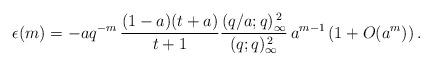
LaTeX: \begin{align*} \epsilon(m)=-aq^{-m}\,\frac{(1-a)(t+a)}{t+1} \frac{(q/a;q)_{\infty}^{\,2}}{(q;q)_{\infty}^{\,2}}\, a^{m-1} \left(1+O(a^{m})\right). \end{align*}